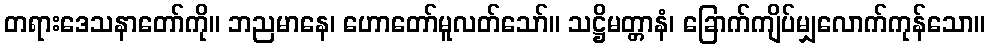
တရားဒေသနာတော်ကို။ ဘညမာနေ၊ ဟောတော်မူလတ်သော်။ သဋ္ဌိမတ္တာနံ၊ ခြောက်ကျိပ်မျှလောက်ကုန်သော။